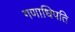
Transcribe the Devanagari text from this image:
गणाधिपति